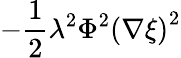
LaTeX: -\frac{1}{2}\lambda^{2}\Phi^{2}\left(\nabla\xi\right)^{2}